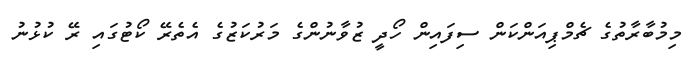
މިމުބާރާތުގެ ޗެމްޕިއަންކަން ސިފައިން ހޯދީ ޒުވާނުންގެ މަރުކަޒުގެ އެތެރޭ ކޯޓުގައި ރޭ ކުޅުނު